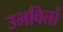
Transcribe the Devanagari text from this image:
उभवितां